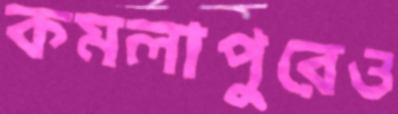
কমলাপুরেও